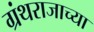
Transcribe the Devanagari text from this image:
ग्रंथराजाच्या